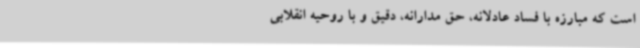
است که مبارزه با فساد عادلانه، حق مدارانه، دقیق و با روحیه انقلابی